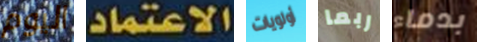
اليوم الاعتماد أولويات ربما بدماء